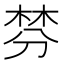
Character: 棼